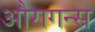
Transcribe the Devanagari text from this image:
औरागन्स